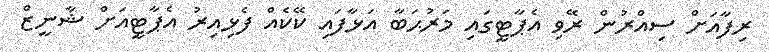
ރިފާއަށް ސިއްރުން ރޭވި އެޕާޓީގައި މަރުޙަބާ އަޅާފައި ކޭކެއް ފެޅިއިރު އެޕާޓީއަށް ޝާނީޒް